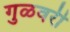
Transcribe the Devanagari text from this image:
गुळवरी